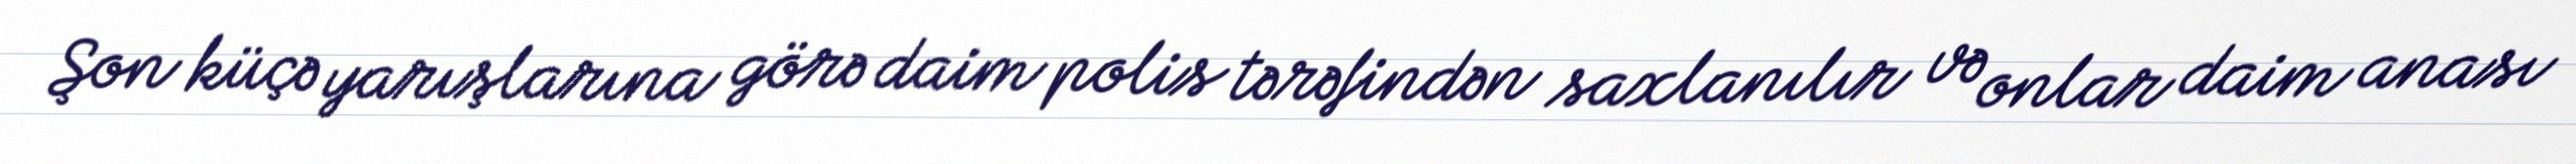
Şon küçə yarışlarına görə daim polis tərəfindən saxlanılır və onlar daim anası